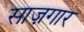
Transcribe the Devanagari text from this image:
साज़गार